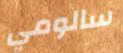
سالومي